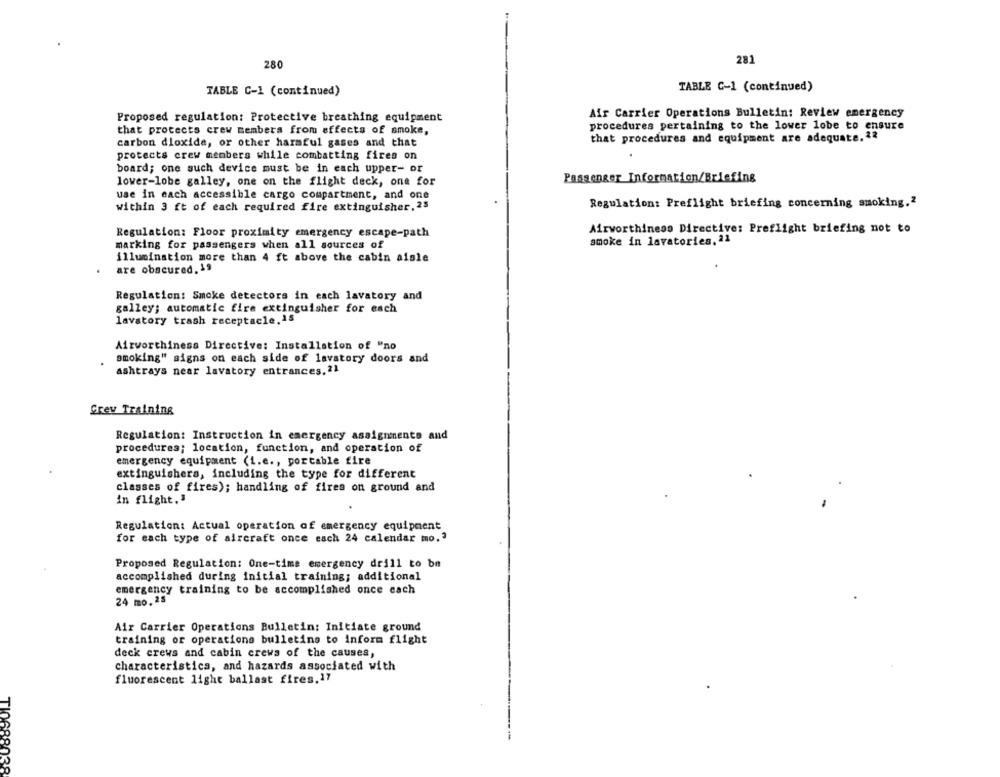
281
280
TABLE C-1 (continued)
TABLE C-1 (continued)
Air Carrier Operations Bulletin: Review emergency
Proposed regulation: Protective breathing equipment
that protects crew members from effects of smoke,
procedures pertaining to the lower lobe to ensure
that procedures and equipment are adequate. 12
carbon dioxide, or other harmful gases and that
protects crew members while combatting fires on
board; one such device must be in each upper- or
Passenger Information/Briefing
lower-lobe galley, one on the flight deck, one for
use in each accessible cargo compartment, and one
within 3 ft of each required fire extinguisher, 25
Regulation: Preflight briefing concerning smoking.2
Regulation: Floor proximity emergency escape-path
Airworthiness Directive: Preflight briefing not to
smoke in lavatories, 21
marking for passengers when all sources of
illumination more than 4 ft above the cabin aisle
are obscured. 19
Regulation: Smoke detectors in each lavatory and
galley; automatic fire extinguisher for each
lavatory trash receptacle, is
Airworthiness Directive: Installation of "no
smoking" signs on each side of lavatory doors and
ashtrays near lavatory entrances. 2)
Grev Training
Regulation: Instruction in emergency assignments and
procedures; location, function, and operation of
emergency equipment (i.e ., portable fire
extinguishers, including the type for different
classes of fires); handling of fires on ground and
in flight."
Regulation: Actual operation of emergency equipment
for each type of aircraft once each 24 calendar mo.3
Proposed Regulation: One-time emergency drill to be
accomplished during initial training; additional
emergency training to be accomplished once cach
24 mo. 25
Air Carrier Operations Bulletin: Initiate ground
training or operations bulletins to inform flight
deck crews and cabin crews of the causes,
characteristica, and hazards associated with
fluorescent light ballast fires.17
TI068803